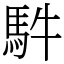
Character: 䭽